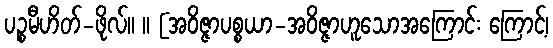
ပဉ္စမီဟိတ်-ဖိုလ်။ ။ [အဝိဇ္ဇာပစ္စယာ-အဝိဇ္ဇာဟူသောအကြောင်း ကြောင့်၊